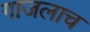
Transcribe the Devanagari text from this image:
गाजलाच